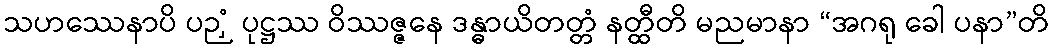
သဟဿေနာပိ ပဉှံ ပုဋ္ဌဿ ဝိဿဇ္ဇနေ ဒန္ဓာယိတတ္တံ နတ္ထီတိ မညမာနာ “အဂရု ခေါ ပနာ”တိ